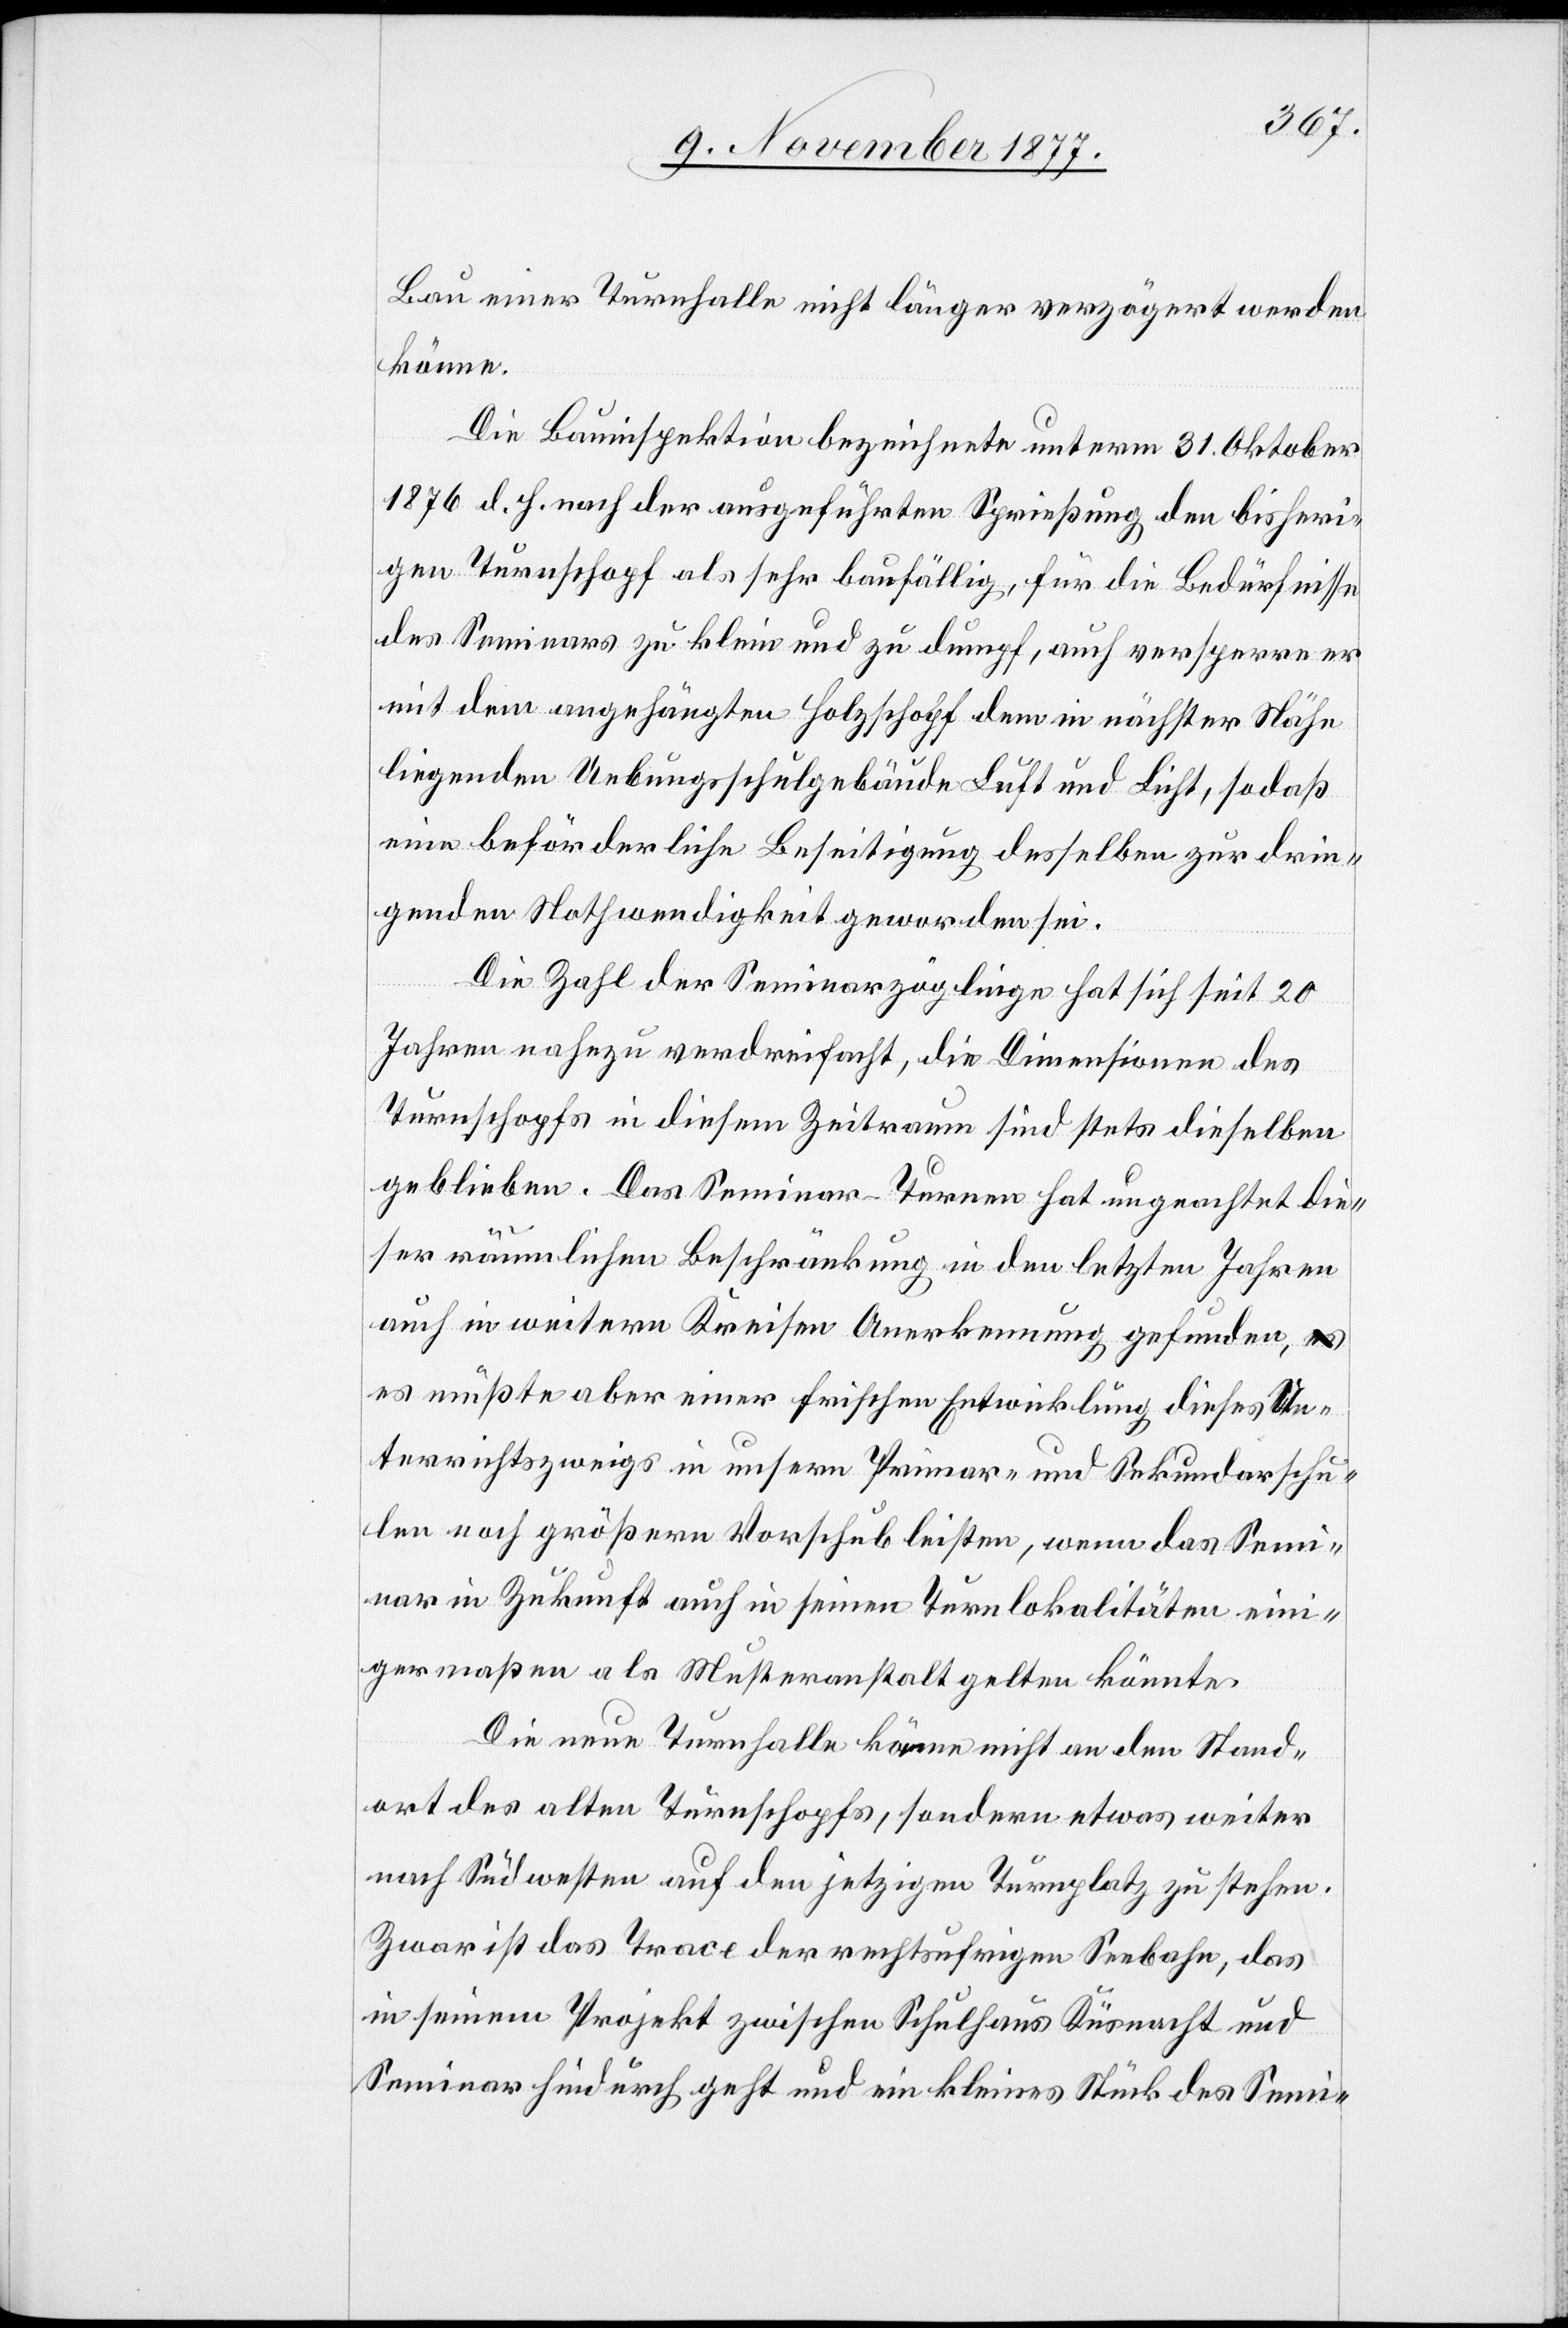
Bau einer Turnhalle nicht länger verzögert werden
könne.
Die Bauinspektion bezeichnete unterm 31. Oktober
1876 d. h. nach der ausgeführten Sprießung den bisheri¬
gen Turnschopf als sehr baufällig, für die Bedürfnisse
des Seminars zu klein und zu dumpf, auch versperre er
mit dem angehängten Holzschopf dem in nächster Nähe
liegenden Uebungsschulgebäude Luft und Licht, sodaß
eine beförderliche Beseitigung desselben zur drin¬
genden Nothwendigkeit geworden sei.
Die Zahl der Seminarzöglinge hat sich seit 20
Jahren nahezu verdreifacht, die Dimensionen des
Turnschopfs in diesem Zeitraum sind stets dieselben
geblieben. Das Seminar-Turnen hat ungeachtet die¬
ser räumlichen Beschränkung in den letzten Jahren
auch in weitern Kreisen Anerkennung gefunden, a-es-a
es müßte aber einer frischen Entwicklung dieses Un¬
terrichtszweigs in unsern Primar- und Sekundarschu¬
len noch größern Vorschub leisten, wenn das Semi¬
nar in Zukunft auch in seinen Turnlokalitäten eini¬
germaßen als Musteranstalt gelten könnte.
Die neue Turnhalle käme nicht an den Stand¬
ort des alten Turnschopfs, sondern etwas weiter
nach Südwesten auf den jetzigen Turnplatz zu stehen.
Zwar ist das Trace der rechtsufrigen Seebahn, das
in seinem Projekt zwischen Schulhaus Küsnacht und
Seminar hindurch geht und ein kleines Stück des Semi-